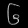
Digit: ၆